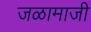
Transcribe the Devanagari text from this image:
जळामाजी